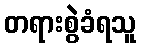
တရားစွဲခံရသူ